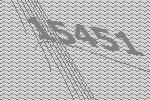
15451